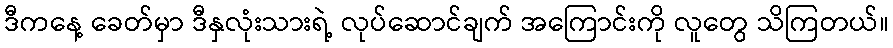
ဒီကနေ့ ခေတ်မှာ ဒီနှလုံးသားရဲ့ လုပ်ဆောင်ချက် အကြောင်းကို လူတွေ သိကြတယ်။